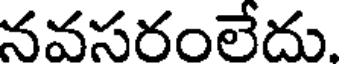
నవసరంలేదు.